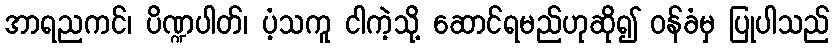
အာရညကင်၊ ပိဏ္ဍပါတ်၊ ပံ့သကူ ငါကဲ့သို့ ဆောင်ရမည်ဟုဆို၍ ဝန်ခံမှ ပြုပါသည်